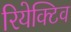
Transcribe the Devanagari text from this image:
रियेक्टिव